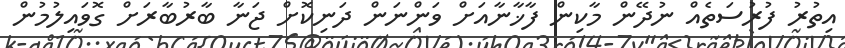
އިތުރު ފުރުސަތެއް ނުދޭން މާކިން ފާޚާނާއަށް ވަންނަން ދަނިކޮށް ޖަނާ ބާރުބާރަށް ގޮވައިލުމުން